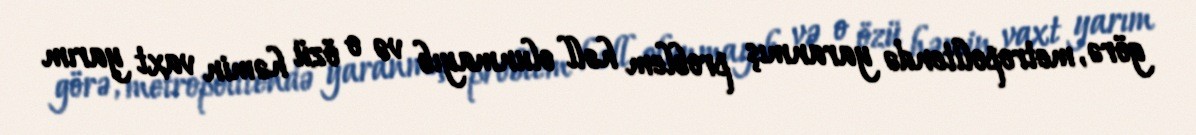
görə, metropolitendə yaranmış problem həll olunmayıb və o özü həmin vaxt yarım